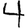
Digit: 4